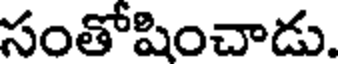
సంతోషించాడు.